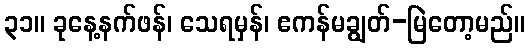
၃၁။ ခုနေ့နက်ဖန်၊ သေရမှန်၊ ဧကန်မချွတ်-မြဲတော့မည်။